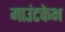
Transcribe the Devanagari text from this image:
माउंटकेभ